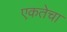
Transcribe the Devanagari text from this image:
एकतेचा